King Institute of Preventive Medicine Bacteriolog. Section reports 1907-08
Year: 1907
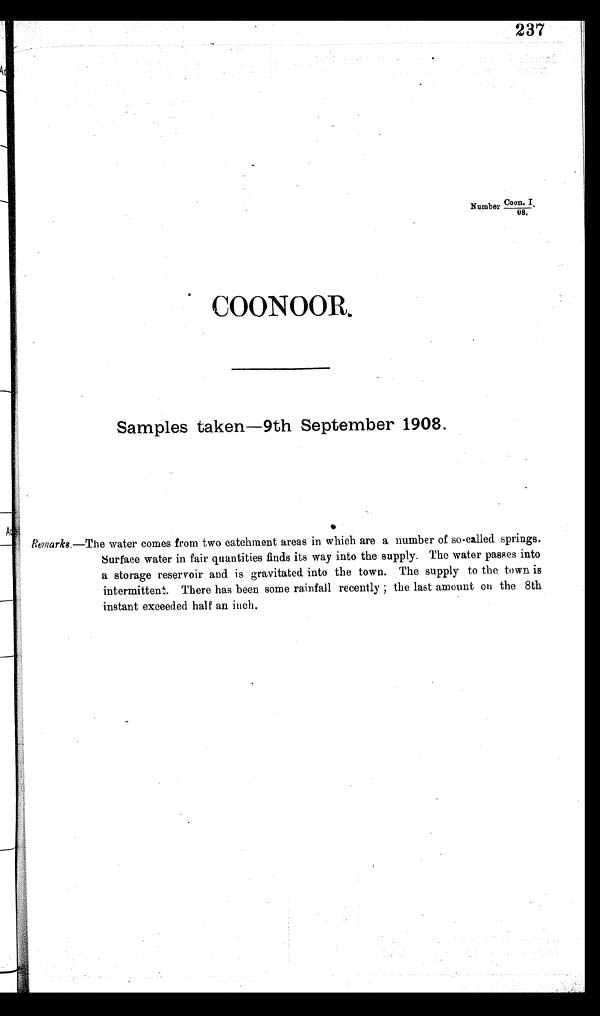
237
Number Coon. I.
08,
C O O N O O R .
Samples taken-9th September 1908.
Remarks.—The water comes from two catchment areas in which are a number of so-called springs.
Surface water in fair quantities finds its way into the supply. The water passes into
a storage reservoir and is gravitated into the town. The supply to the town is
intermittent. There has been some rainfall recently the last amount on the 8th
instant exceeded half an inch.